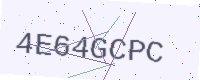
Text: 4E64GCPC